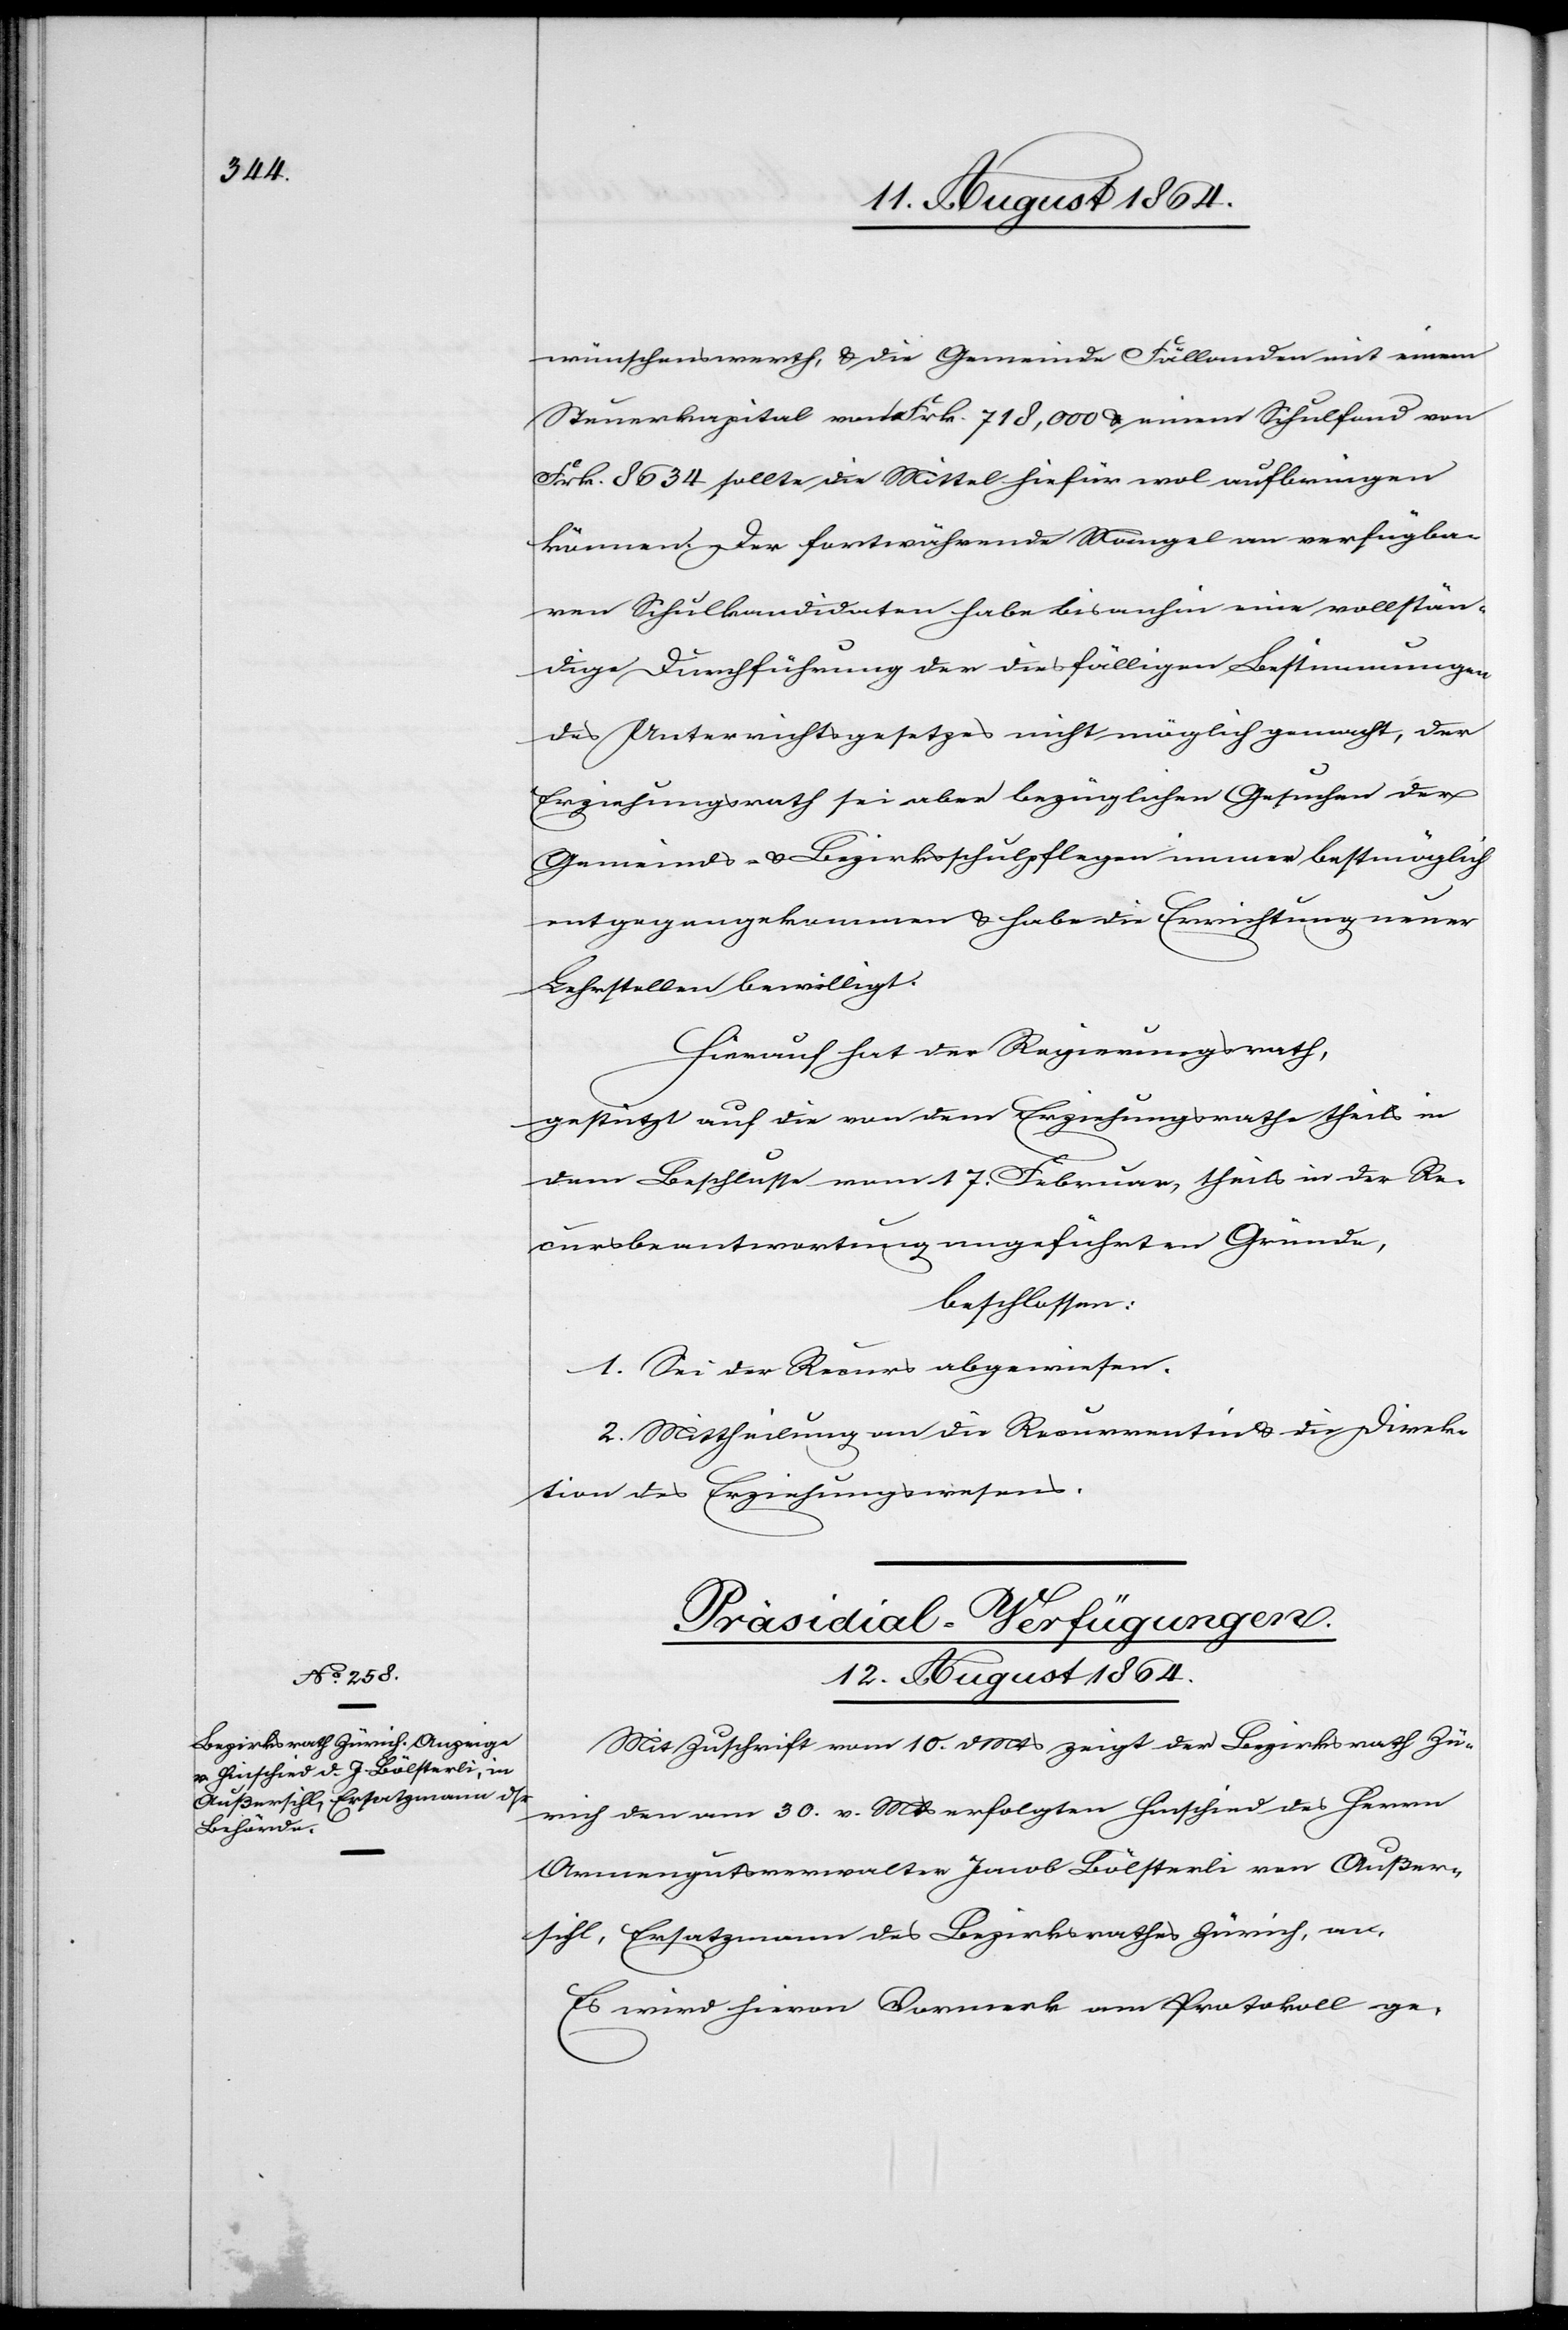
wünschenswerth, & die Gemeinde Fällanden mit einem
Steuerkapital von Frk. 718,000 & einem Schulfond von
Frk. 8634 sollte die Mittel hiefür wol aufbringen
können. Der fortwährende Mangel an verfügba¬
ren Schulkandidaten habe bis anhin eine vollstän¬
dige Durchführung der diesfälligen Bestimmungen
des Unterrichtsgesetzes nicht möglich gemacht, der
Erziehungsrath sei aber bezüglichen Gesuchen der
Gemeinde- & Bezirksschulpflegen immer bestmöglich
entgegengekommen & habe die Errichtung neuer
Lehrstellen bewilligt.
Hierauf hat der Regierungsrath,
gestützt auf die von dem Erziehungsrathe theils in
dem Beschlusse vom 17. Februar, theils in der Re¬
cursbeantwortung angeführten Gründe,
beschlossen:
1. Sei der Recurs abgewiesen.
2. Mittheilung an die Recurrentin & die Direk¬
tion des Erziehungswesens.
Präsidial-Verfügungen.
12. August 1864.
Mit Zuschrift vom 10. d. Mts. zeigt der Bezirksrath Zü¬
rich den am 30. v. Mts. erfolgten Hinschied des Herrn
Armengutsverwalter Jacob Bölsterli von Außer¬
sihl, Ersatzmann des Bezirksrathes Zürich, an.
Es wird hievon Vormerk am Protokoll ge-